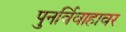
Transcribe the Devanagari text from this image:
पुनर्विवाहावर